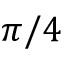
\pi / 4